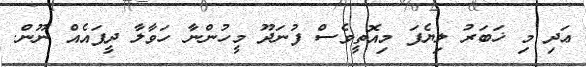
ޢަދި މި ޚަބަރު ލިޔެފަ މިއޮތީވެސް ފުނަދޫ މީހުންނާ ހަވާލާ ދީފައެއް ނޫން.